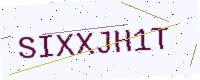
Text: SIXXJH1T